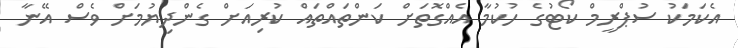
އެކަމަކު ސުޕްރީމް ކޯޓުގެ ހުކުމާ އެއްގޮތަށް ކަންތައްތައް ކުރިއަށް ގެންދިޔުމަށް ވެސް އޭނާ